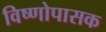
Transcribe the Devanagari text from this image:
विष्णोपासक